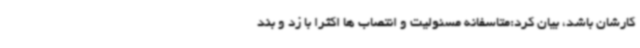
کارشان باشد، بیان کرد:متاسفانه مسئولیت و انتصاب ها اکثرا با زد و بند